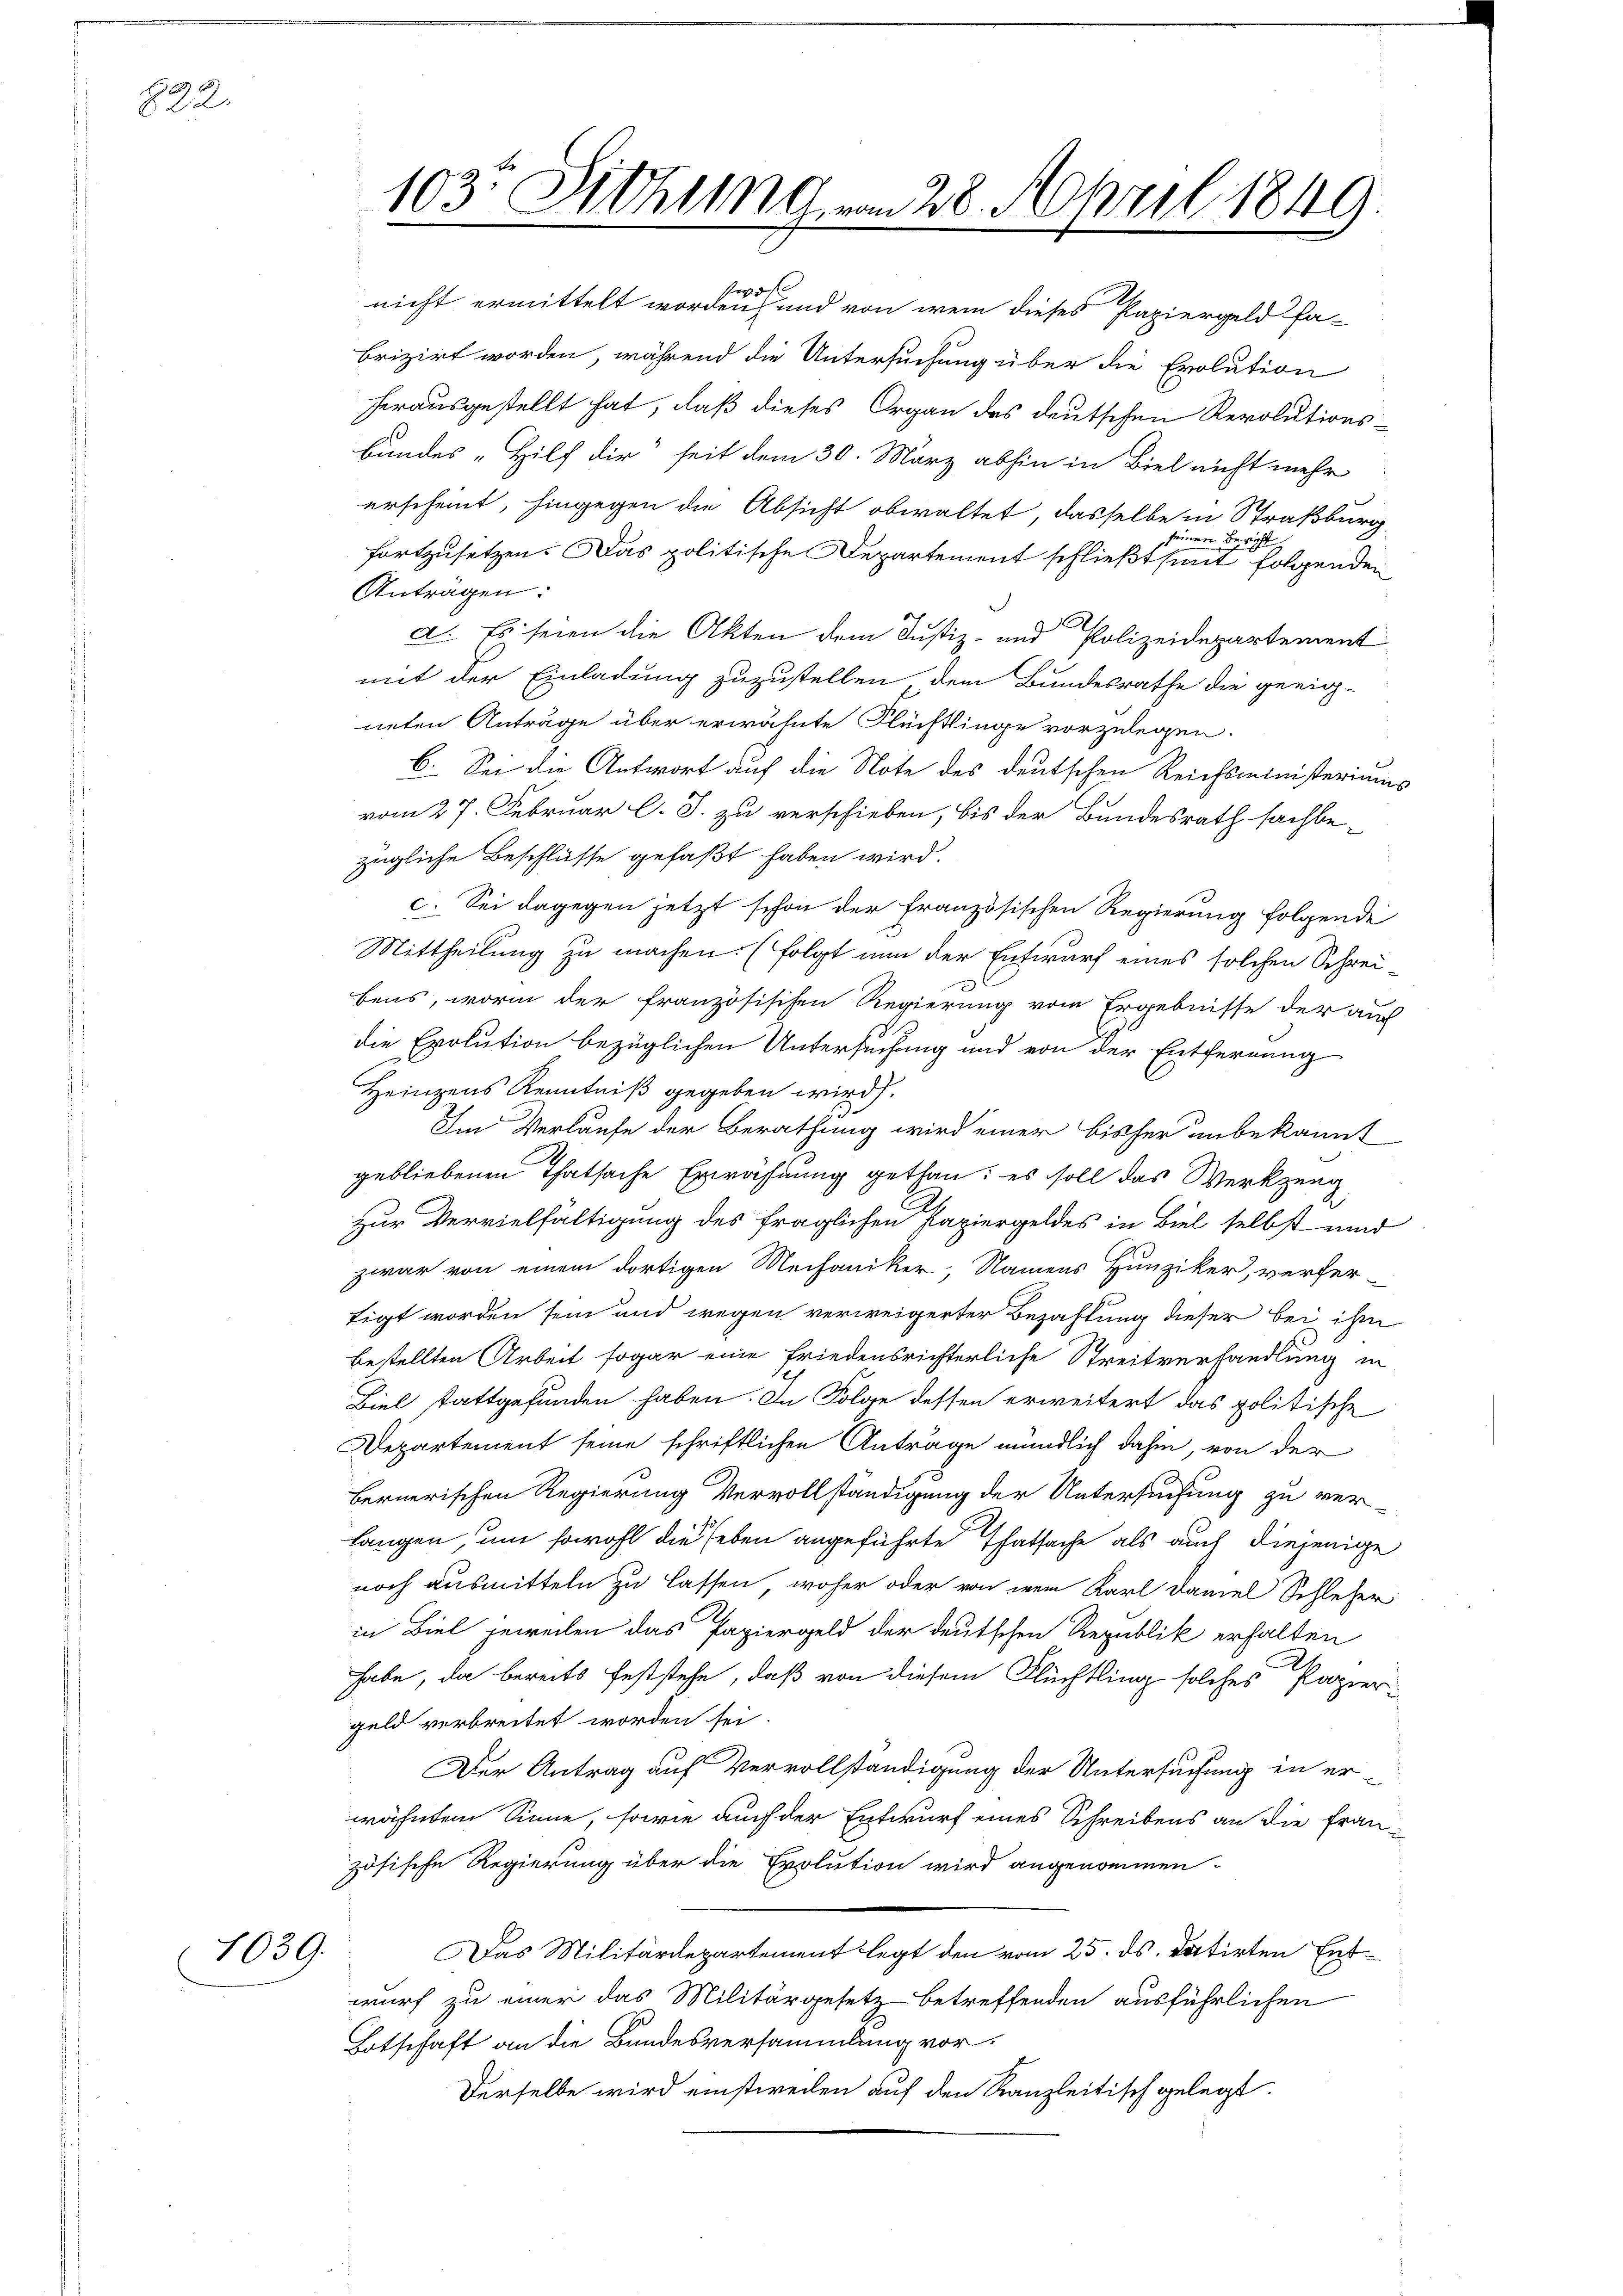
8)
 2d

1039.

103:
Sitzung vom 28. April 1849

nicht ermittelt worden und von wem dieses Papiergeld fa-
brizirt worden, während die Untersuchung über die Evolution
herausgestellt hat, daß dieses Organ des deutschen Revolutionsbundes Hilf die seit dem 30. März abhin in Biel nicht mehr
erscheint, hingegen die Absicht obwaltet, dasselbe in Straßburg
seinen Bericht
fortzusetzen. Das politische Departement schließt seit folgenden
Anträgen:
a. Es seien die Akten dem Justiz- und Polizeidepartement
mit der Einladung zuzustellen dem Bundesrathe die geeig-
neten Anträge über erwähnte Flüchtlinge vorzulegen.
6. Sei die Antwort auf die Note des deutschen Reichsministeriums
vom 27. Februar l. J. zu verschieben, bis der Bundesrath sachbe-
zügliche Beschlüsse gefaßt haben wird.
c. Sei dagegen jetzt schon der französischen Regierung folgende
Mittheilung zu machen. (folgt nun der Entwurf eines solchen Schrei-
bens, worin der französischen Regierung vom Ergebnisse der auch
die Evolution bezüglichen Untersuchung und von der Entfernung
Heinzens Kenntniß gegeben wird.
Im Verlaufe der Berathung wird einer bisher unbekannt
gebliebenen Thatsache Erwähnung gethan; es soll das Werkzeug
Zur Vervielfältigung des fraglichen Papiergeldes in Biel selbst und
zwar von einem dortigen Mechaniker, Namens Hunziker, verfertigt worden sein und wegen verweigerter Bezahlung dieser bei ihm
bestellten Arbeit sogar eine friedensrichterliche Streitverhandlung in
Biel stattgefunden haben. In Folge dessen erweitert das politische
Departement seine schriftlichen Anträge mündlich dahin, von der
bernerischen Regierung Vervollständigung der Untersuchung zu ver-
langen, um sowohl die eben angeführte Thatsache als auch diejenige
noch ausmitteln zu lassen, woher oder von dem Karl Daniel Schleser
in Biel jeweilen das Papiergeld der deutschen Republik erhalten
habe, da bereits feststehe, daß von diesem Flüchtling solches Papier-
geld verbreitet worden sei.
Der Antrag auf Vervollständigung der Untersuchung in erwähnten Sinne, sowie auch der Entwurf eines Schreibens an die Frauzösische Regierung über die Exolution wird angenommen.
Das Militärdepartement legt den vom 25. ds. datirten Entwurf zu einer das Militärgesetz betreffenden ausführlichen
Totschaft an die Bundesversammlung vor.
Derselbe wird einstweden auf den Kanzleitisch gelegt.